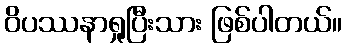
ဝိပဿနာရှုပြီးသား ဖြစ်ပါတယ်။